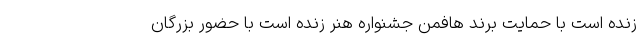
زنده است با حمایت برند هافمن جشنواره هنر زنده است با حضور بزرگان